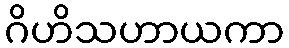
ဂိဟိသဟာယကာ